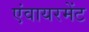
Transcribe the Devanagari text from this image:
एंवायरमेंट